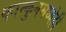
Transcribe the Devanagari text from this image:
कान्कुनमध्येही